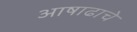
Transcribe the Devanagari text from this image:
आषाढाचे